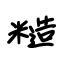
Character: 糙